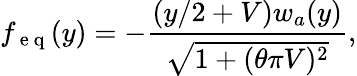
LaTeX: f_{\mathrm{~e~q~}}(y)=-\frac{(y/2+V)w_{a}(y)}{\sqrt{1+(\theta\pi V)^{2}}},